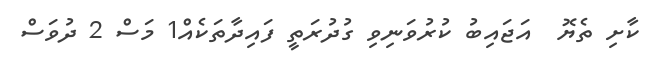
ކާށި ތެޔޮ  އަޖައިބު ކުރުވަނިވި ގުދުރަތީ ފައިދާތަކެއް1 މަސް 2 ދުވަސް